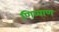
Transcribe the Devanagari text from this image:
णिव्वाण